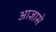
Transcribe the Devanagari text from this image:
आज्ञासे